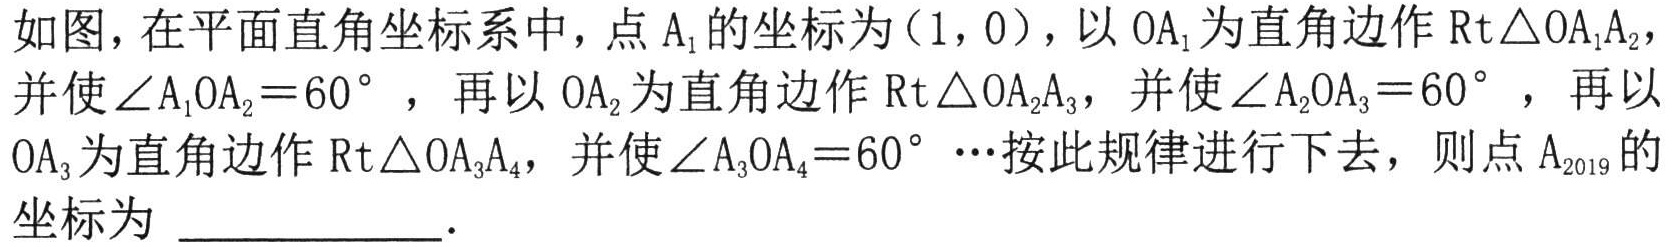
如图，在平面直角坐标系中，点\(A_{1}\)的坐标为\((1,0)\)，以\(OA_{1}\)为直角边作\(\mathrm{Rt}\triangle OA_{1}A_{2}\)，
并使\(\angle A_{1}OA_{2}=60^{\circ}\)，再以\(OA_{2}\)为直角边作\(\mathrm{Rt}\triangle OA_{2}A_{3}\)，并使\(\angle A_{2}OA_{3}=60^{\circ}\)，再以
\(OA_{3}\)为直角边作\(\mathrm{Rt}\triangle OA_{3}A_{4}\)，并使\(\angle A_{3}OA_{4}=60^{\circ}\cdots\)按此规律进行下去，则点\(A_{2019}\)的
坐标为 \_\_\_\_\_\_\_\_。